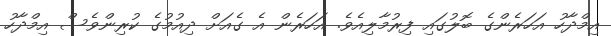
އިމްދާހު އަހަރެންގެ ބޮލުގައި ފިރުމާލިއެވެ. އަހަރެން އެ ގެއަށް ދިއުމުގެ ކުރިންވެސް އިމްދާހު